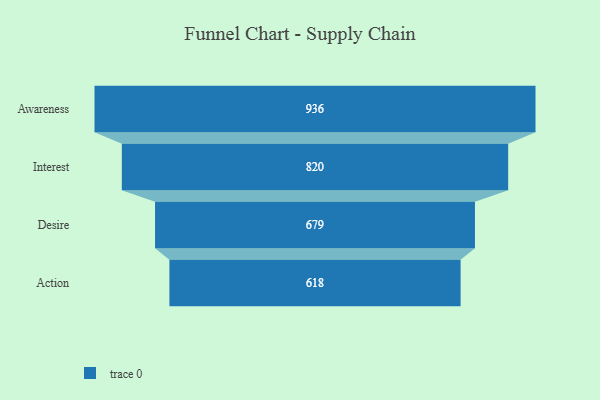
{"axis": {"x": "Stage", "y": "Value"}, "legend": [""], "data": [{"x": "Awareness", "y": 936.0, "type": ""}, {"x": "Interest", "y": 820.0, "type": ""}, {"x": "Desire", "y": 679.0, "type": ""}, {"x": "Action", "y": 618.0, "type": ""}]}